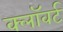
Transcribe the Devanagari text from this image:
क्लॉवर्ट